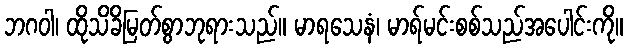
ဘဂဝါ၊ ထိုသိခိမြတ်စွာဘုရားသည်။ မာရသေနံ၊ မာရ်မင်းစစ်သည်အပေါင်းကို။